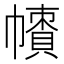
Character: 𢅙